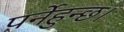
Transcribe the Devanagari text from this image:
पर्नेहुन्छ।